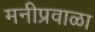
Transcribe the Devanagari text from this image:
मनीप्रवाळा